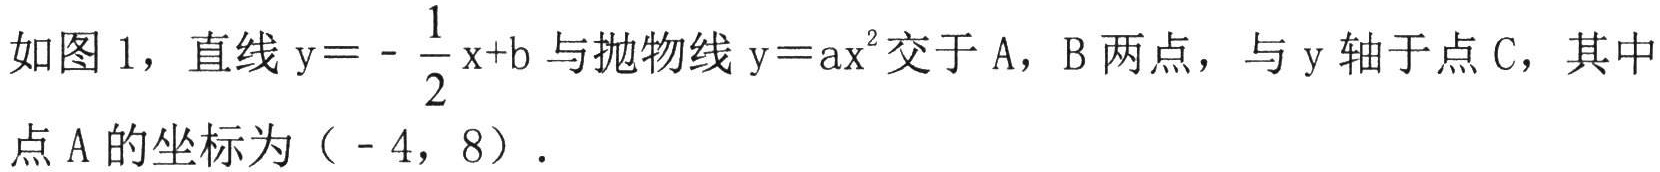
如图1，直线\(y = -\dfrac{1}{2}x + b\)与抛物线\(y = ax^{2}\)交于\(A\)，\(B\)两点，与\(y\)轴于点\(C\)，其中
点\(A\)的坐标为\((-4,8)\)．